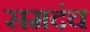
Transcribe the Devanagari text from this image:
समदंच